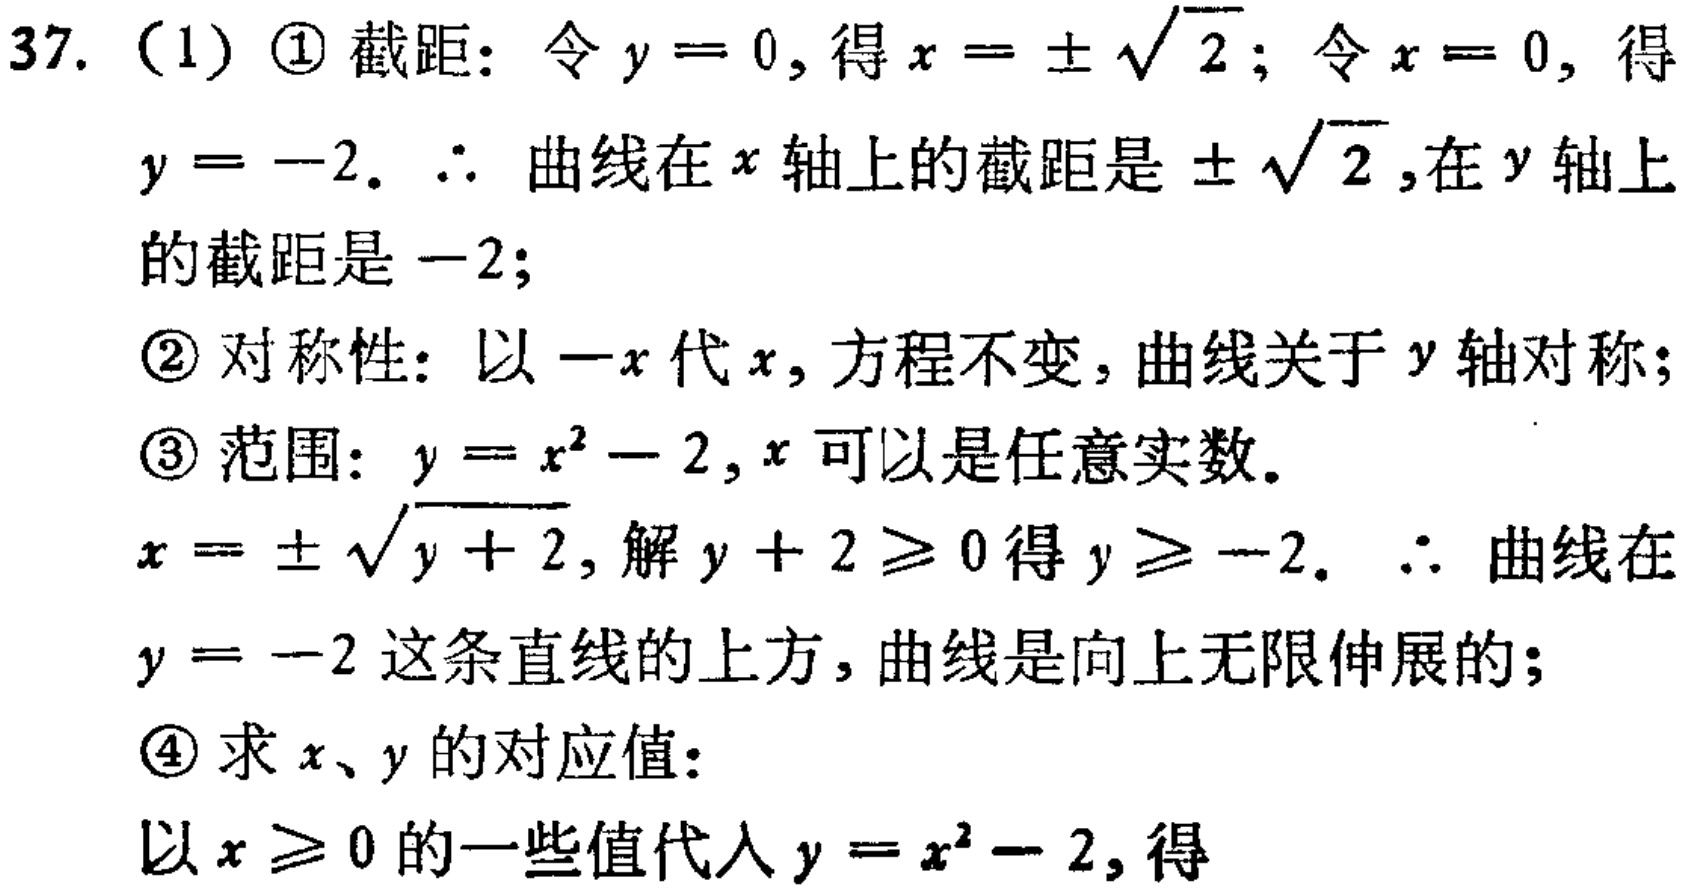
37. （1）\textcircled{1} 截距：令 \(y = 0\)，得 \(x=\pm\sqrt{2}\)；令 \(x = 0\)，得 \(y=-2\)。\(\therefore\) 曲线在 \(x\) 轴上的截距是 \(\pm\sqrt{2}\)，在 \(y\) 轴上的截距是 \(-2\)；
\textcircled{2} 对称性：以 \(-x\) 代 \(x\)，方程不变，曲线关于 \(y\) 轴对称；
\textcircled{3} 范围：\(y = x^{2}-2\)，\(x\) 可以是任意实数。\(x=\pm\sqrt{y + 2}\)，解 \(y + 2\geq0\) 得 \(y\geq - 2\)。\(\therefore\) 曲线在 \(y=-2\) 这条直线的上方，曲线是向上无限伸展的；
\textcircled{4} 求 \(x\)、\(y\) 的对应值：以 \(x\geq0\) 的一些值代入 \(y = x^{2}-2\)，得